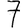
Digit: 7